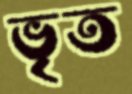
ভৃত